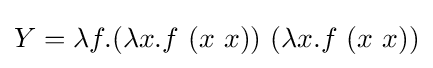
Y=\lambda f.(\lambda x.f\ (x\ x))\ (\lambda x.f\ (x\ x))